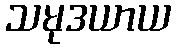
သမုဒယာယ